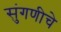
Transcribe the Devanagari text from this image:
सुंगणीचे